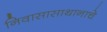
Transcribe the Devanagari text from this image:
निवासासाथानाचे